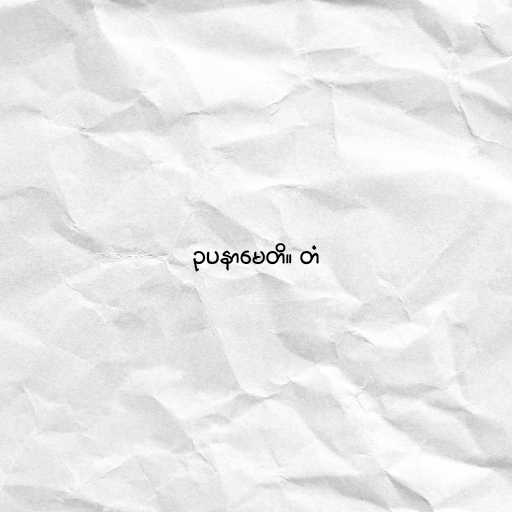
ဥပနာမေတိ။ တံ